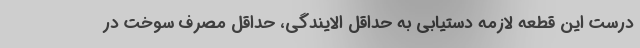
درست این قطعه لازمه دستیابی به حداقل الایندگی، حداقل مصرف سوخت در